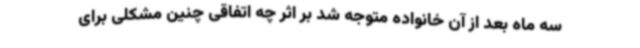
سه ماه بعد از آن خانواده متوجه شد بر اثر چه اتفاقی چنین مشکلی برای